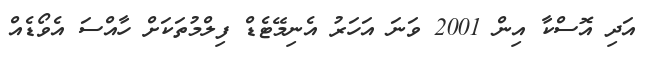
އަދި އޮސްކާ އިން 2001 ވަނަ އަހަރު އެނިމޭޓެޑް ފިލްމުތަކަށް ހާއްސަ އެވޯޑެއް